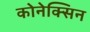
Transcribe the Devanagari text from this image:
कोनेक्सिन